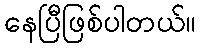
နေပြီဖြစ်ပါတယ်။